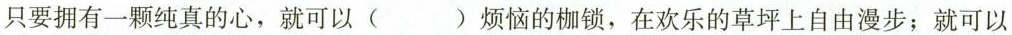
只要拥有一颗纯真的心，就可以( )烦恼的枷锁，在欢乐的草坪上自由漫步；就可以